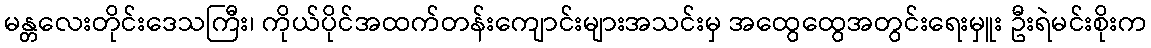
မန္တလေးတိုင်းဒေသကြီး၊ ကိုယ်ပိုင်အထက်တန်းကျောင်းများအသင်းမှ အထွေထွေအတွင်းရေးမှူး ဦးရဲမင်းစိုးက